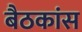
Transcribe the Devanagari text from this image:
बैठकांस